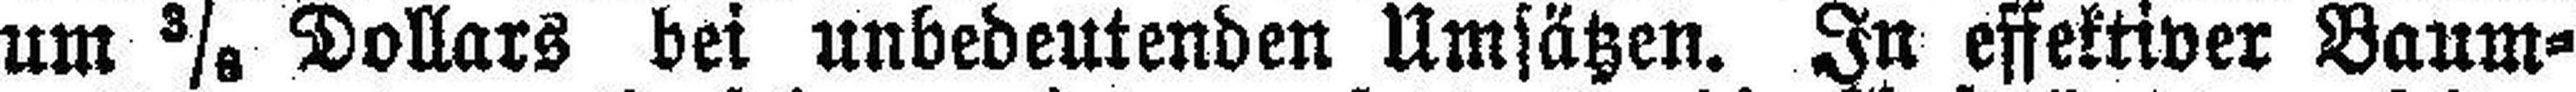
um 3/6 Dollars bei unbedeutenden Umsätzen. In effektiver Baum¬